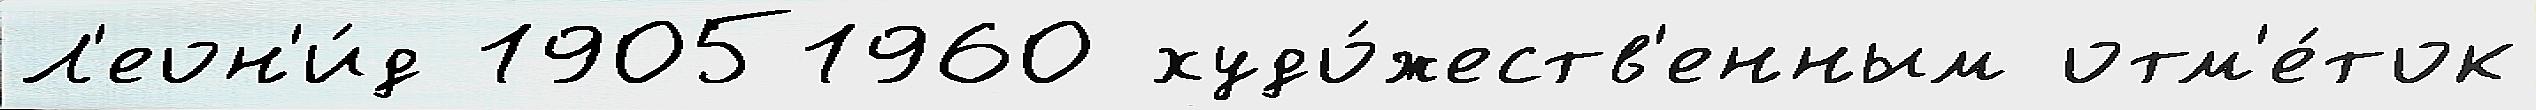
Л'еон'и́д 19051960 худо́жеств'енным отм'е́ток